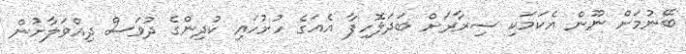
ބޭނުމަށް ނޫން އެކަމަކި ޟިރާރަށް ބަދަލޮހިފާ އެއަގެ ހުށުހައި ކުދިންގެ ދުވަސް ދިއްވަލާށުން